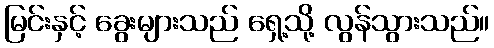
မြင်းနှင့် ခွေးများသည် ရှေ့သို့ လွန်သွားသည်။